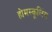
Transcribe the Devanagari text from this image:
होमस्कूलिंग